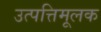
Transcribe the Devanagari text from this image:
उत्पत्तिमूलक